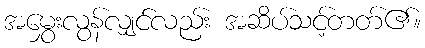
အမွှေးလွန်လျှင်လည်း အဆိပ်သင့်တတ်၏။